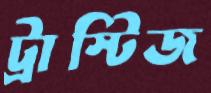
ট্রাস্টিজ